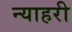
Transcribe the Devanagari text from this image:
न्याहरी